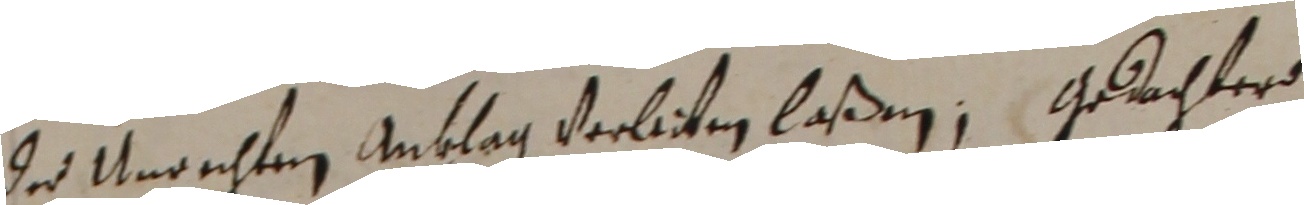
des unrechten anklag verliten laßen. Getochter